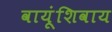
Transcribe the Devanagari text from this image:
वायूंशिवाय